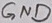
Text: GND